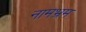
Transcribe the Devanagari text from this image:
नामभ्रम